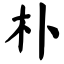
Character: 朴